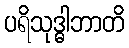
ပရိသုဒ္ဓါဘာတိ